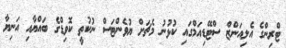
ޓްރިންގެ އެލިއަންޒް ސްޓޭޑިއަމްގައި ކުޅުނު މެޗަށް ޔުވެންޓަސް ނުކުތީ ކޮވިޑްގެ ބައްޔާއި އަނިޔާ